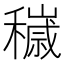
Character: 𱶧